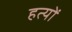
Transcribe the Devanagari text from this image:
हत्यों